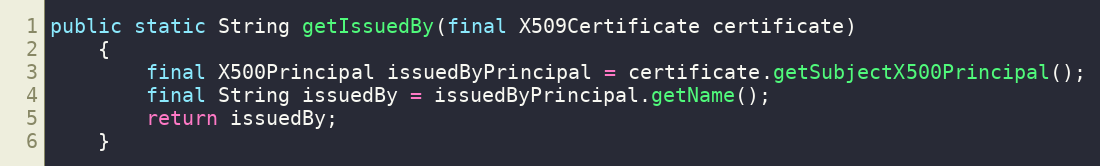
Language: Java
public static String getIssuedBy(final X509Certificate certificate)
	{
		final X500Principal issuedByPrincipal = certificate.getSubjectX500Principal();
		final String issuedBy = issuedByPrincipal.getName();
		return issuedBy;
	}